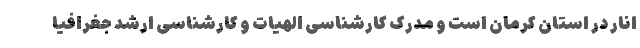
انار در استان کرمان است و مدرک کارشناسی الهیات و کارشناسی ارشد جغرافیا